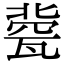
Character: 㼱